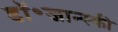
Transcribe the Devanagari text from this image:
डॉ॰जान्स्की